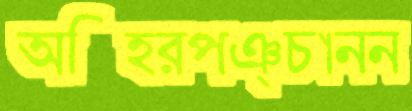
অস্হিরপঞ্চানন